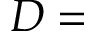
D = { }